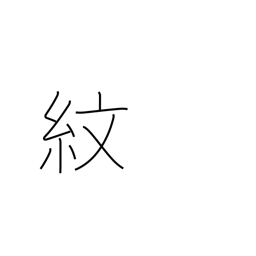
Meaning: family crest